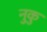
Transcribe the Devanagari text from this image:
नुकु